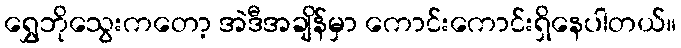
ရွှေဘိုသွေးကတော့ အဲဒီအချိန်မှာ ကောင်းကောင်းရှိနေပါတယ်။